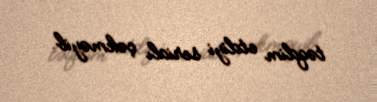
təqdim etdiyi serialı çəkməyib.